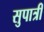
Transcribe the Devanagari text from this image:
सुपात्री